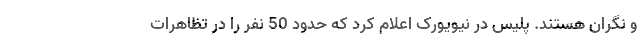
و نگران هستند. پلیس در نیویورک اعلام کرد که حدود 50 نفر را در تظاهرات